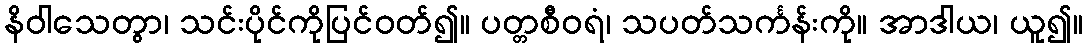
နိဝါသေတွာ၊ သင်းပိုင်ကိုပြင်ဝတ်၍။ ပတ္တစီဝရံ၊ သပတ်သင်္ကန်းကို။ အာဒါယ၊ ယူ၍။